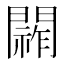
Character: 𮤞